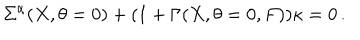
\Sigma ^ { \alpha } ( X , \theta = 0 ) + ( 1 + \Gamma ( X , \theta = 0 , F ) ) \kappa = 0 \, .